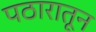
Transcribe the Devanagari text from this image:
पठारातून